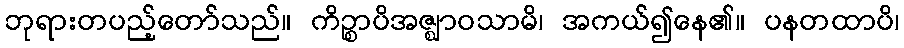
ဘုရားတပည့်တော်သည်။ ကိဉ္စာပိအဇ္ဈာဝသာမိ၊ အကယ်၍နေ၏။ ပနတထာပိ၊